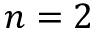
n = 2